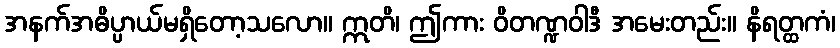
အနက်အဓိပ္ပာယ်မရှိတော့သလော။ ဣတိ၊ ဤကား ဝိတဏ္ဍဝါဒီ အမေးတည်း။ နိရတ္ထကံ၊